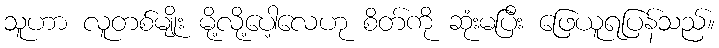
သူဟာ လူတစ်မျိုး မို့လို့ပေါ့လေဟု စိတ်ကို ဆုံးမပြီး ဖြေယူရပြန်သည်။